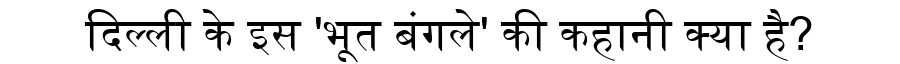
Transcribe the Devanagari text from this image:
दिल्ली के इस 'भूत बंगले' की कहानी क्या है?